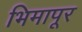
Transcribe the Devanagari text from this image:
भिमापूर